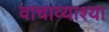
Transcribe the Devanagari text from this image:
वाचाव्याश्या